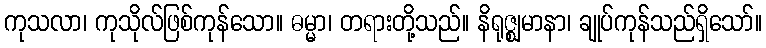
ကုသလာ၊ ကုသိုလ်ဖြစ်ကုန်သော။ ဓမ္မာ၊ တရားတို့သည်။ နိရုဇ္ဈမာနာ၊ ချုပ်ကုန်သည်ရှိသော်။